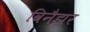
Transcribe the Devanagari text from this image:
विनैझर